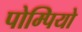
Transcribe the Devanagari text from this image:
पोम्पियो